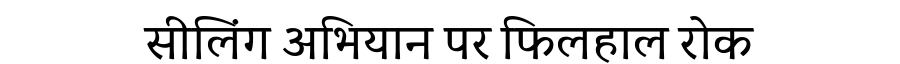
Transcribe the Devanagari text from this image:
सीलिंग अभियान पर फिलहाल रोक